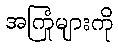
အကြုံများကို